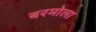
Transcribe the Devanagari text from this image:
बरमोला